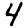
Digit: 4